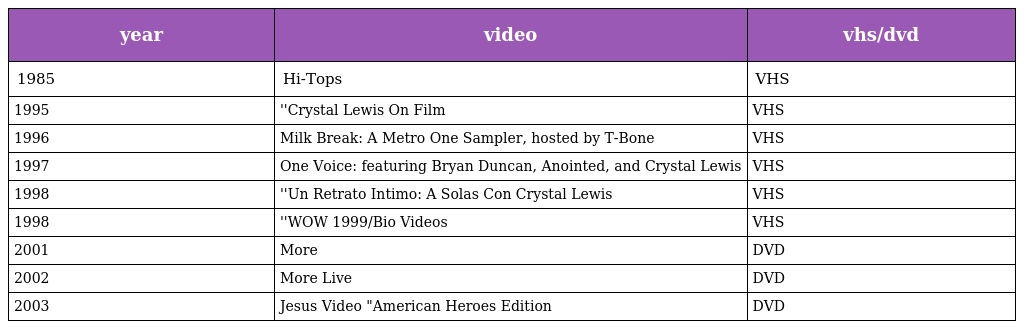
| year | video | vhs/dvd |
 | --- | --- | --- |
 | 1985 | Hi-Tops | VHS |
 | 1995 | ''Crystal Lewis On Film | VHS |
 | 1996 | Milk Break: A Metro One Sampler, hosted by T-Bone | VHS |
 | 1997 | One Voice: featuring Bryan Duncan, Anointed, and Crystal Lewis | VHS |
 | 1998 | ''Un Retrato Intimo: A Solas Con Crystal Lewis | VHS |
 | 1998 | ''WOW 1999/Bio Videos | VHS |
 | 2001 | More | DVD |
 | 2002 | More Live | DVD |
 | 2003 | Jesus Video "American Heroes Edition | DVD |